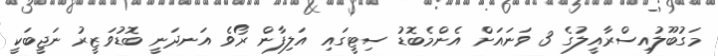
މަގުބޫލުއިސްރާއީލުގެ 3 ވަނައަށް އެންމެބޮޑު ސިޓީގައި އަލިފާން ރޯވެ އަނދަނީ ބޮޑުވަޒީރު ނަޖީބަކީ